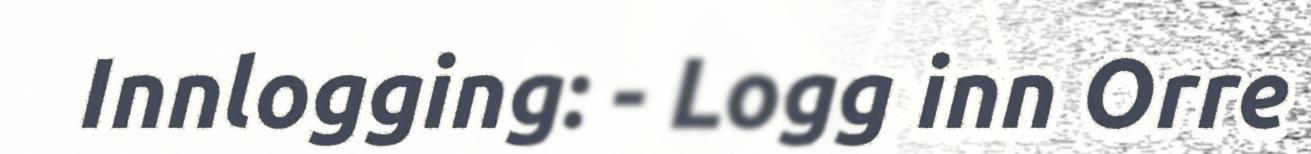
Innlogging: - Logg inn Orre